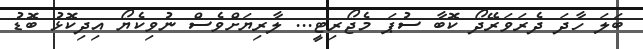
ބަލަ ހާދަ ދެރަވަރޭދޯ ކޮބާ ސުޕަ މެޖޯރިޓީ... ލާރިޔަށްވެސް ނުވިކެޔޯ އިދިކޮޅު ބޮޑު